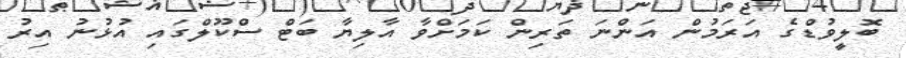
ބޮލީވުޑްގެ އަރަމުން އަންނަ ތަރިން ކަމަށްވާ އާލިޔާ ބަޓް ސްކޫލްގައި އުޅުނު އިރު